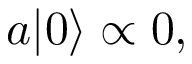
a | 0 \rangle \propto 0 ,